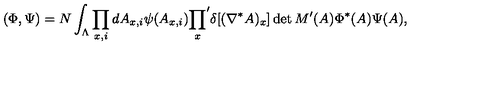
( \Phi , \Psi ) = N \int _ { \Lambda } \prod _ { x , i } d A _ { x , i } \psi ( A _ { x , i } ) { \prod _ { x } } ^ { \prime } \delta [ ( \nabla ^ { * } A ) _ { x } ] \det M ^ { \prime } ( A ) \Phi ^ { * } ( A ) \Psi ( A ) ,